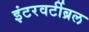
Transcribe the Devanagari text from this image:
इंटरवर्टीब्रल